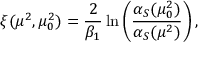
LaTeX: \xi ( \mu ^ { 2 } , \mu _ { 0 } ^ { 2 } ) = \frac { 2 } { \beta _ { 1 } } \ln \left( \frac { \alpha _ { S } ( \mu _ { 0 } ^ { 2 } ) } { \alpha _ { S } ( \mu ^ { 2 } ) } \right) ,